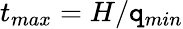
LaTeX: t_{max}=H/\mathtt{q}_{min}